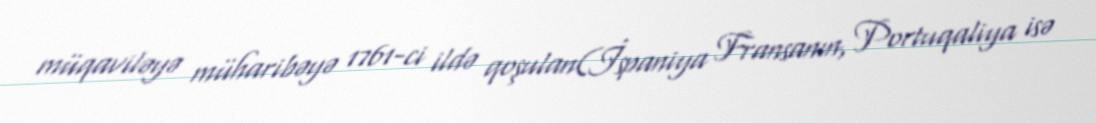
müqaviləyə müharibəyə 1761-ci ildə qoşulan(İspaniya Fransanın, Portuqaliya isə